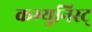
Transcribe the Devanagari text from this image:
कम्युनिस्ट्